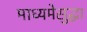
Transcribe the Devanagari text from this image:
माध्यमेसुद्धा